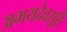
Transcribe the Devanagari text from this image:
अभयदेवसूरी